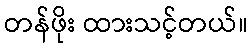
တန်ဖိုး ထားသင့်တယ်။